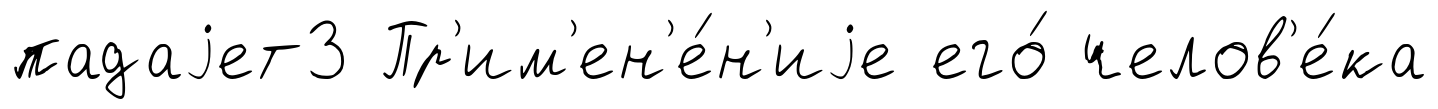
падаjет3 Пр'им'ен'е́н'иjе его́ челов'е́ка